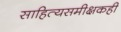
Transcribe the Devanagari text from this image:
साहित्यसमीक्षकही